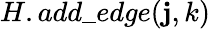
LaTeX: {H.add\_ edge(\mathbf{j},k)}